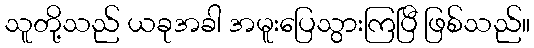
သူတို့သည် ယခုအခါ အမူးပြေသွားကြပြီ ဖြစ်သည်။